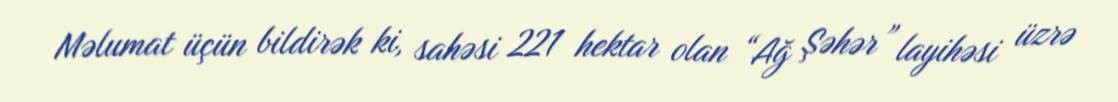
Məlumat üçün bildirək ki, sahəsi 221 hektar olan “Ağ Şəhər” layihəsi üzrə